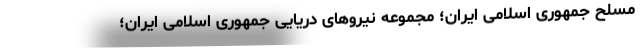
مسلح جمهوری اسلامی ایران؛ مجموعه نیروهای دریایی جمهوری اسلامی ایران؛